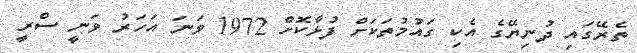
ތެރޭގައި ދުނިޔޭގެ އެކި ގައުމުތަކަށް ފުޅާކޮށް 1972 ވަނަ އަހަރު ވަނީ ސްރީ